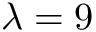
\lambda = 9